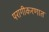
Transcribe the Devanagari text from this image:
परागीकरणात